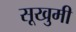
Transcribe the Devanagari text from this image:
सूखुमी